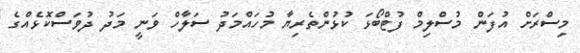
މިސްރަށް އުފަން މުސްލިމް ފުޓްބޯޅަ ކުޅުންތެރިޔާ މުހައްމަދު ސަލާހް ވަނީ މަދު ދުވަސްކޮޅެއްގެ